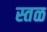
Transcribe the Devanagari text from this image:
स्तळ